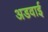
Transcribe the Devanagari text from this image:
अडवाई